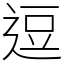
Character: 逗